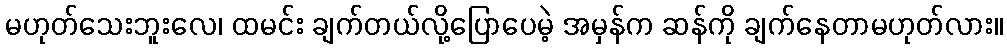
မဟုတ်သေးဘူးလေ၊ ထမင်း ချက်တယ်လို့ပြောပေမဲ့ အမှန်က ဆန်ကို ချက်နေတာမဟုတ်လား။